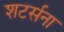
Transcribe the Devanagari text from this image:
शटर्सना